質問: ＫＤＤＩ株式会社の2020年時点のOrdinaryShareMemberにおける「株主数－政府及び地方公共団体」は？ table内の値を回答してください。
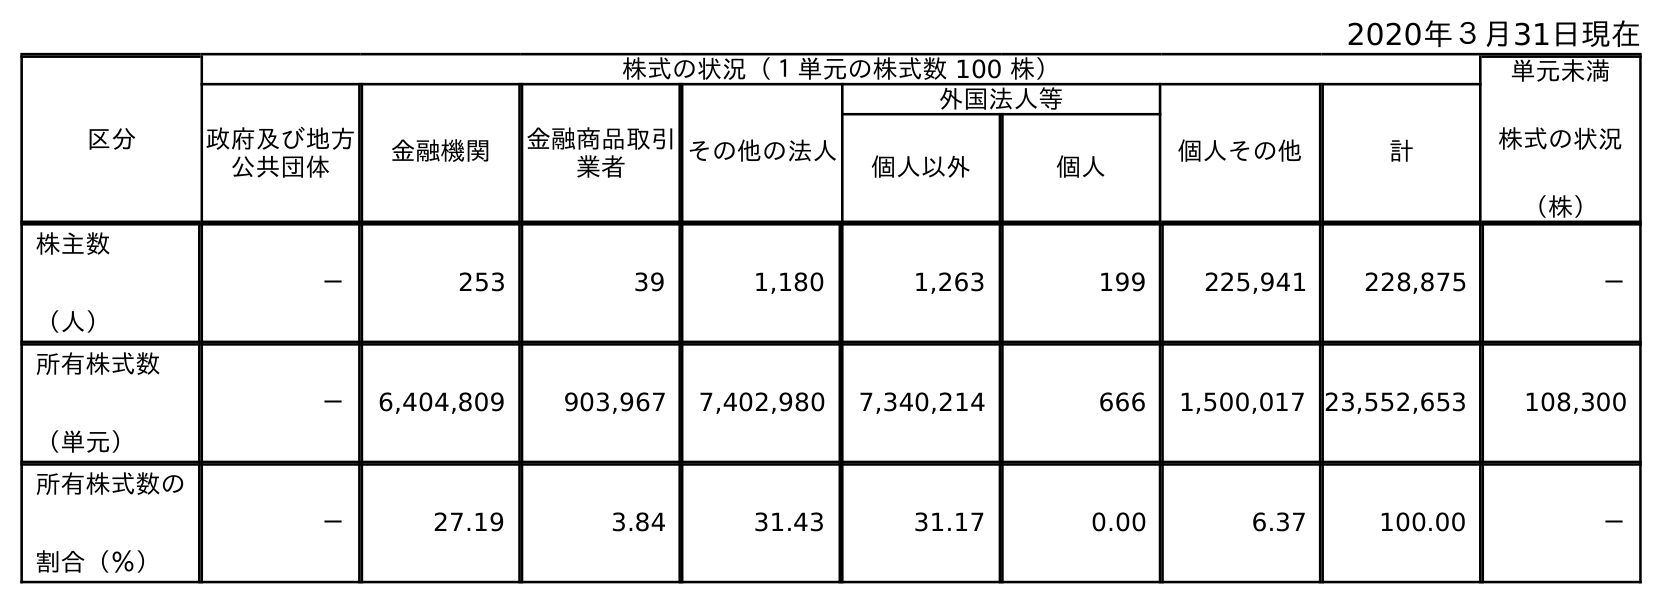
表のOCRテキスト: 2020年３月31日現在 区分 株式の状況（１単元の株式数 100 株） 単元未満 株式の状況 （株） 政府及び地方 公共団体 金融機関 金融商品取引 業者 その他の法人 外国法人等 個人その他 計 個人以外 個人 株主数 （人） － 253 39 1,180 1,263 199 225,941 228,875 － 所有株式数 （単元） － 6,404,809 903,967 7,402,980 7,340,214 666 1,500,017 23,552,653 108,300 所有株式数の 割合（％） － 27.19 3.84 31.43 31.17 0.00 6.37 100.00 －
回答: －